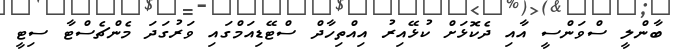
ބާންލީ ސްވަންސީ އާއި ދެކޮޅަށް ކުޅޭއިރު އިއްތިހާދް ސްޓޭޑިއަމްގައި ވަރުގަދަ މެންޗެސްޓާ ސިޓީ